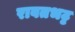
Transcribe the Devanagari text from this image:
रावतभट्ट